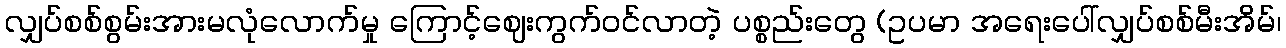
လျှပ်စစ်စွမ်းအားမလုံလောက်မှု ကြောင့်ဈေးကွက်ဝင်လာတဲ့ ပစ္စည်းတွေ (ဥပမာ အရေးပေါ်လျှပ်စစ်မီးအိမ်၊